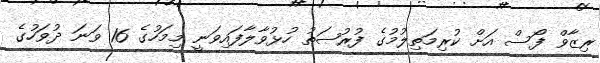
ރިޒާވް ފޯސް އަށް ކުރިމަތިލުމުގެ ފުރުޞަތު ހުޅުވާލާފައިވަނީ މިމަހުގެ 16 ވަނަ ދުވަހުގެ